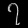
Digit: ၇